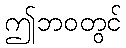
ဤဘဝတွင်